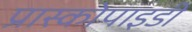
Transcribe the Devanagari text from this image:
प्रास्कोपाइडी